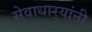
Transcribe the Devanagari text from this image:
सेवाधार्‍यांनी